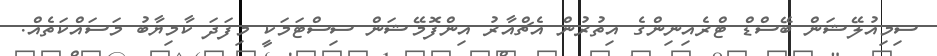
ސިމިއުލޭޝަން ބޭސްޑް ޓްރެއިނިންގެ އިތުރުން އެޗްއާރު އިންފޮމޭޝަން ސިސްޓަމަކީ މިފަދަ ކާމިޔާބު މަސައްކަތެއް.